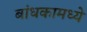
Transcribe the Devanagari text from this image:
बांधकामध्ये